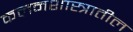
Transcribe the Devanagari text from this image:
कलनशास्त्रातील